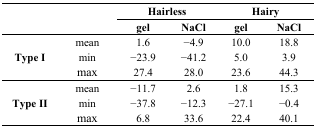
<table><thead><tr><td rowspan="3"></td><td rowspan="3"></td><td colspan="2"><b>Hairless</b></td><td colspan="2"><b>Hairy</b></td></tr><tr><td><b>gel</b></td><td><b>NaCl</b></td><td><b>gel</b></td><td><b>NaCl</b></td></tr></thead><tbody><tr><td rowspan="3"><b>Type I</b></td><td>mean</td><td>1.6</td><td>−4.9</td><td>10.0</td><td>18.8</td></tr><tr><td>min</td><td>−23.9</td><td>−41.2</td><td>5.0</td><td>3.9</td></tr><tr><td>max</td><td>27.4</td><td>28.0</td><td>23.6</td><td>44.3</td></tr><tr><td rowspan="3"><b>Type II</b></td><td>mean</td><td>−11.7</td><td>2.6</td><td>1.8</td><td>15.3</td></tr><tr><td>min</td><td>−37.8</td><td>−12.3</td><td>−27.1</td><td>−0.4</td></tr><tr><td>max</td><td>6.8</td><td>33.6</td><td>22.4</td><td>40.1</td></tr></tbody></table>